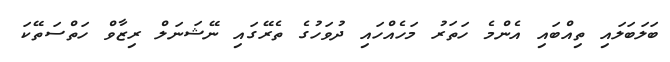
ބަލަބަލައި ތިއްބައި އެންމެ ހަތަރު މަހެއްހައި ދުވަހުގެ ތެރޭގައި ނޭޝަނަލް ރިޒާވް ހަތްސަތޭކަ